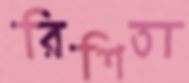
রিশিতা